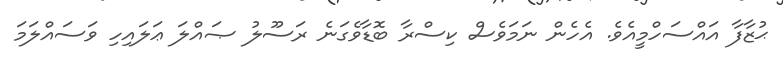
ޙުޒާފާ އައްސަހްމީއެވެ. އެހެން ނަމަވެސް ކިސްރާ ބޮޑާވެގަނެ ރަސޫލު ޞައްލަ ޢަލައިހި ވަސައްލަމަ